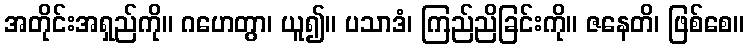
အတိုင်းအရှည်ကို။ ဂဟေတွာ၊ ယူ၍။ ပသာဒံ၊ ကြည်ညိခြင်းကို။ ဇနေတိ၊ ဖြစ်စေ။